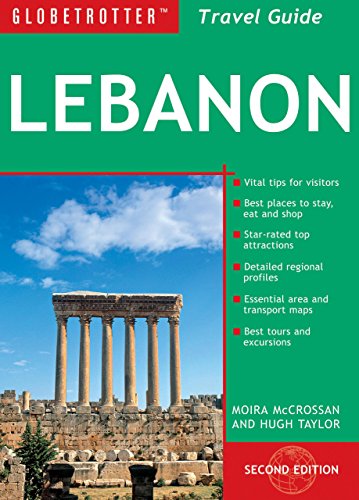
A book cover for Lebanon Travel Pack (Globetrotter Travel Packs); Moira McCrossan; Travel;